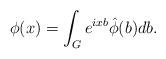
LaTeX: \begin{align*}\phi(x) = \int_G e^{ixb} \hat \phi(b) db.\end{align*}